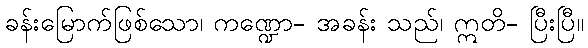
ခန်းမြောက်ဖြစ်သော၊ ကဏ္ဍော- အခန်း သည်၊ ဣတိ- ပြီးပြီ။